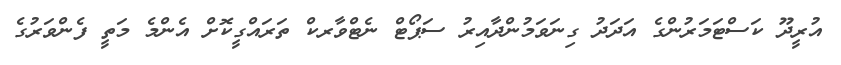
އުރީދޫ ކަސްޓަމަރުންގެ އަދަދު ގިނަވަމުންދާއިރު ސަޕޯޓް ނެޓްވާރކް ތަރައްގީކޮށް އެންމެ މަތީ ފެންވަރުގެ